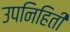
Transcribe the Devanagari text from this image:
उपनिहिती